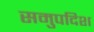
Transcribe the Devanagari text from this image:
समुपदिश